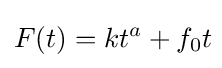
F(t)=kt^{a}+f_{0}t\!